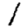
Digit: 1